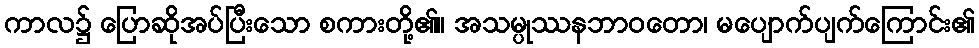
ကာလ၌ ပြောဆိုအပ်ပြီးသော စကားတို့၏။ အသမ္ပုဿနဘာဝတော၊ မပျောက်ပျက်ကြောင်း၏